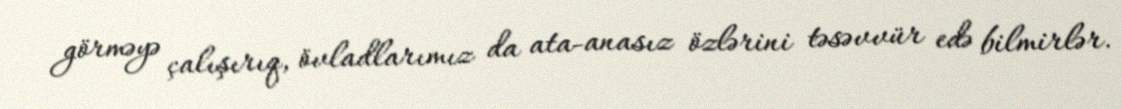
görməyə çalışırıq, övladlarımız da ata-anasız özlərini təsəvvür edə bilmirlər.